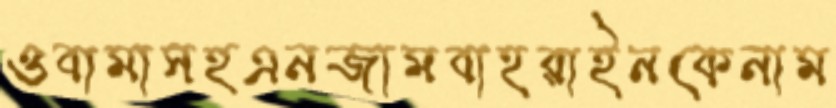
ওবামাসহএনজামবাহরাইনকেনাম